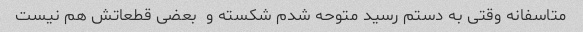
متاسفانه وقتی به دستم رسید متوحه شدم شکسته و  بعضی قطعاتش هم نیست